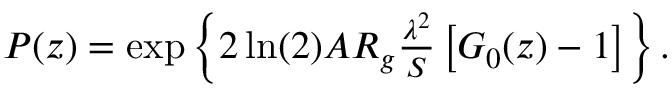
\begin{array} { r } { P ( z ) = \exp \left\lbrace 2 \ln ( 2 ) A R _ { g } \frac { \lambda ^ { 2 } } { S } \left[ G _ { 0 } ( z ) - 1 \right] \right\rbrace . } \end{array}